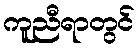
ကူညီရာတွင်